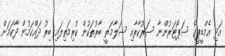
އަދި އެމްޑީޕީގެ ސަޕޯޓަރުންނާ ސަރުކާރާއި ސަލާމަތީ ބާރުތަކުން ކުރިމަތިލައި ބިރު ދައްކަމުން ދާކަމަށް